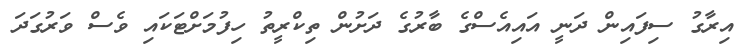
އިރާގު ސިފައިން ދަނީ އައިއެސްގެ ބާރުގެ ދަށުން ތިކްރީތު ހިފުމަށްޓަކައި ވެސް ވަރުގަދަ